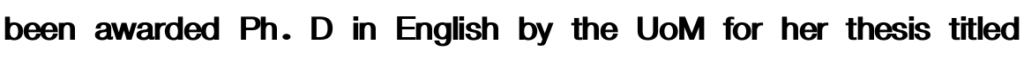
been awarded Ph. D in English by the UoM for her thesis titled